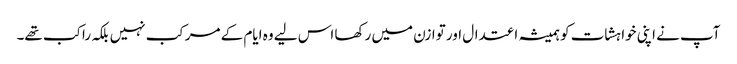
آپ نے اپنی خواہشات کو ہمیشہ اعتدال اور توازن میں رکھا اس لیے وہ ایام کے مرکب نہیں بلکہ راکب تھے۔